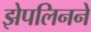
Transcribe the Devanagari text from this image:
झेपलिनने